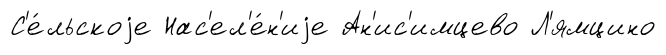
С'е́льскоjе Нас'ел'е́н'иjе Ан'ис'имцево Л'ямцино